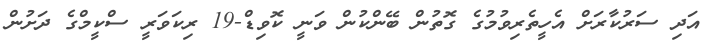
އަދި ސަރުކާރަށް އެހީތެރިވުމުގެ ގޮތުން ބޭންކުން ވަނީ ކޮވިޑް-19 ރިކަވަރީ ސްކީމްގެ ދަށުން